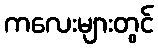
ကလေးများတွင်